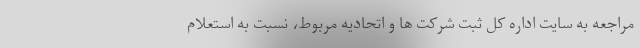
مراجعه به سایت اداره کل ثبت شرکت ها و اتحادیه مربوط، نسبت به استعلام